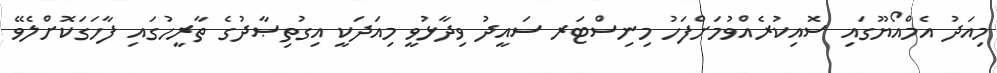
މިއަދު އެމްއޯޔޫގައި ސޮއިކުރެއްވުމަށްފަހު މިނިސްޓަރ ސައީދު ވިދާޅުވީ މިއަދަކީ އިގުތިޞާދުގެ ތާރީހުގައި ފާހަގަކޮށްލެވޭ